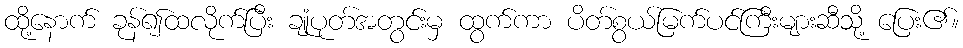
ထို့နောက် ခုန်၍ထလိုက်ပြီး ချုံပုတ်အတွင်းမှ ထွက်ကာ ပိတ်စွယ်မြက်ပင်ကြီးများဆီသို့ ပြေး၏။